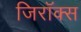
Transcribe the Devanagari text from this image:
जिरॉक्स